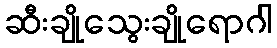
ဆီးချိုသွေးချိုရောဂါ